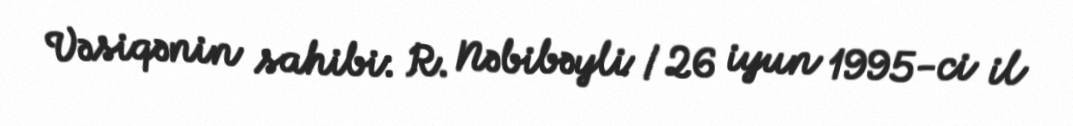
Vəsiqənin sahibi: R. Nəbibəyli / 26 iyun 1995-ci il